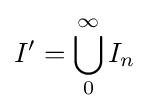
I'=\bigcup _{0}^{\infty }I_{n}